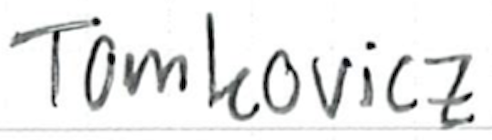
Text: Tomkovicz
Cross-out: clean
Writing tool: ballpoint